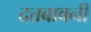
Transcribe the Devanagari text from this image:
दत्तबावनी